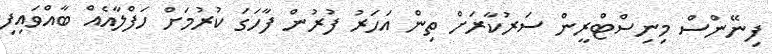
ފިނޭންސް މިނިސްޓްރީން ސަރުކާރަށް ތިން އަހަރު ފުރުން ފާހަގަ ކުރުމަށް ހަފްލާއެއް ބާއްވައިފި